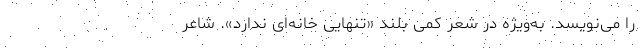
را می‌نویسد. به‌ویژه در شعرِ کمی بلندِ «تنهایی خانه‌ای ندارد». شاعر